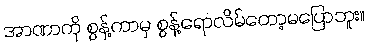
အာဏာကို စွန့်ကာမှ စွန့်ရောလိမ်တော့မပြောဘူး။